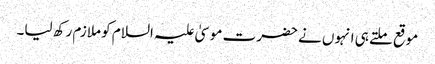
موقع ملتے ہی انہوں نے حضرت موسیٰ علیہ السلام کو ملازم رکھ لیا۔